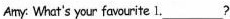
Amy. What's your favourite 1.___?